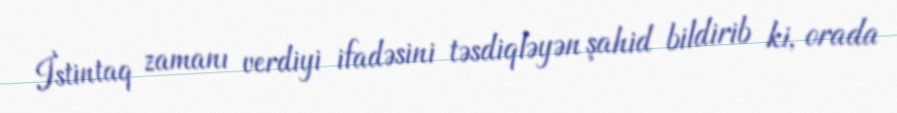
İstintaq zamanı verdiyi ifadəsini təsdiqləyən şahid bildirib ki, orada